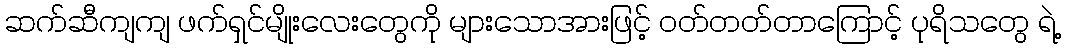
ဆက်ဆီကျကျ ဖက်ရှင်မျိုးလေးတွေကို များသောအားဖြင့် ဝတ်တတ်တာကြောင့် ပုရိသတွေ ရဲ့